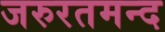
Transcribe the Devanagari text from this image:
जरुरतमन्द